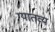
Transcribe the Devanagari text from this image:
ग्यातव्य